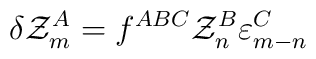
\delta {\cal Z}^A_m = f^{ABC} {\cal Z}^B_n \varepsilon^C_{m-n}